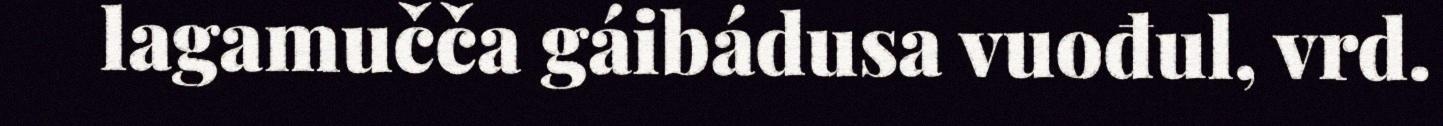
lagamučča gáibádusa vuođul, vrd.